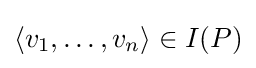
\langle v_{1},\ldots ,v_{n}\rangle \in I(P)